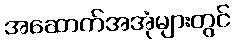
အဆောက်အအုံများတွင်